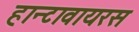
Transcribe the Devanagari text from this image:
हान्टावायरस